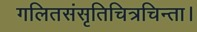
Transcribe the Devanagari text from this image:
गलितसंसृतिचित्रचिन्ता।